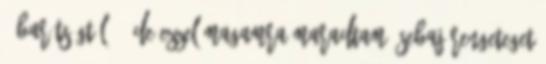
" barátságtól ", de ezzel magamra maradtam. Sebaj Rengeteget